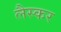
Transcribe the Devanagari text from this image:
लैस्कर